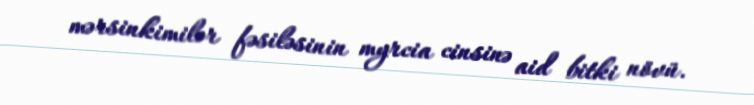
mərsinkimilər fəsiləsinin myrcia cinsinə aid bitki növü.